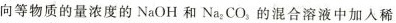
向等物质的量浓度的NaOH和Na_{2}CO_{3}的混合溶液中加入稀